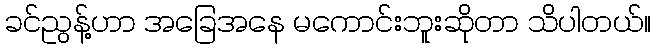
ခင်ညွန့်ဟာ အခြေအနေ မကောင်းဘူးဆိုတာ သိပါတယ်။